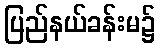
ပြည်နယ်ခန်းမ၌